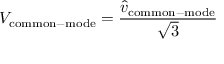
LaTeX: V _ { \mathrm { c o m m o n - m o d e } } = { \frac { { \hat { v } } _ { \mathrm { c o m m o n - m o d e } } } { \sqrt { 3 } } }